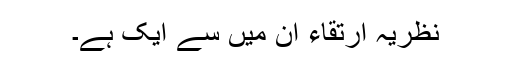
نظریہ ارتقاء ان میں سے ایک ہے۔